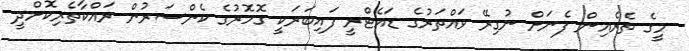
މީގެ ތެރެއިން ފެނަށް ނުގިރޭ ވައްތަރުގެ ޑައެޓްރީ ފައިބަރަކީ ގޮހޮރުގެ ކެންސަރުން ރައްކާތެރިކޮށްދީ